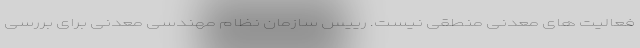
فعالیت های معدنی منطقی نیست. رییس سازمان نظام مهندسی معدنی برای بررسی